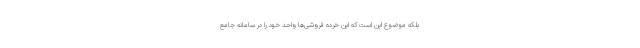
بلکه موضوع این است که این خرده فروشی‌ها واحد خود را در سامانه جامع